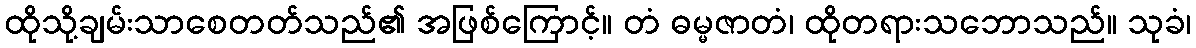
ထိုသို့ချမ်းသာစေတတ်သည်၏ အဖြစ်ကြောင့်။ တံ ဓမ္မဇာတံ၊ ထိုတရားသဘောသည်။ သုခံ၊